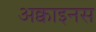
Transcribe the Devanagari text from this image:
अक्वाइनस